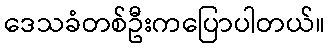
ဒေသခံတစ်ဦးကပြောပါတယ်။